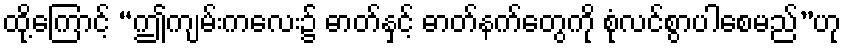
ထို့ကြောင့် “ဤကျမ်းကလေး၌ ဓာတ်နှင့် ဓာတ်နက်တွေကို စုံလင်စွာပါစေမည်”ဟု